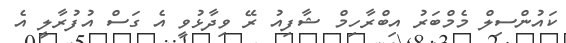
ކައުންސިލް މެމްބަރު އިބްރާހިމް ޝާފިއު ރޭ ވިދާޅުވީ އެ ގަސް އުފުރާލީ އެ